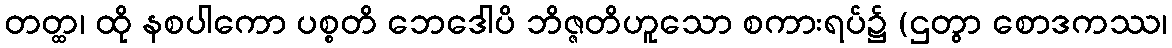
တတ္ထ၊ ထို နစပါကော ပစ္စတိ ဘေဒေါပိ ဘိဇ္ဇတိဟူသော စကားရပ်၌ (ဌတွာ စောဒကဿ၊